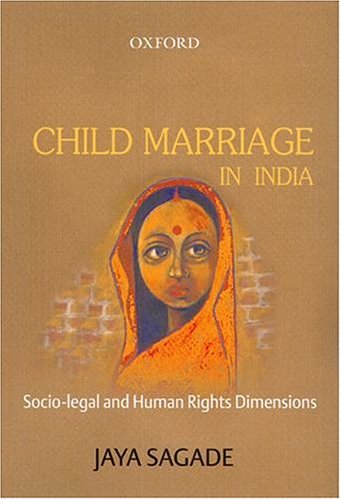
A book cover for Child Marriage in India: Socio-Legal and Human Rights Dimensions; Jaya Sagade; Law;